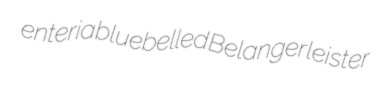
enteria bluebelled Belanger leister